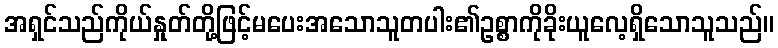
အရှင်သည်ကိုယ်နှုတ်တို့ဖြင့်မပေးအသောသူတပါး၏ဥစ္စာကိုခိုးယူလေ့ရှိသောသူသည်။